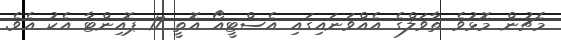
މެޗުން މޮޅުވެ ތާވަލްގެ އެއްވަނައިގައި އެސްޓީއޯ އޮތީ 17 ޕޮއިންޓާ އެކު އެވެ.